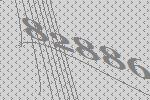
82886